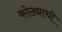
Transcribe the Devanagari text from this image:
कोठ्याची